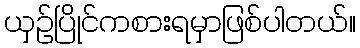
ယှဉ်ပြိုင်ကစားရမှာဖြစ်ပါတယ်။